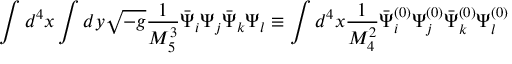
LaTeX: \int d ^ { 4 } x \int d y \sqrt { - g } \frac { 1 } { M _ { 5 } ^ { 3 } } \bar { \Psi } _ { i } \Psi _ { j } \bar { \Psi } _ { k } \Psi _ { l } \equiv \int d ^ { 4 } x \frac { 1 } { M _ { 4 } ^ { 2 } } \bar { \Psi } _ { i } ^ { ( 0 ) } \Psi _ { j } ^ { ( 0 ) } \bar { \Psi } _ { k } ^ { ( 0 ) } \Psi _ { l } ^ { ( 0 ) }